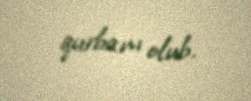
qurbanı olub.